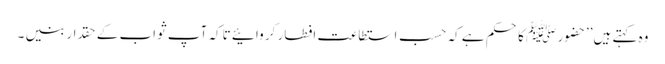
وہ کہتے ہیں’’حضور ﷺ کا حکم ہے کہ حسب استطاعت افطار کر وائیے تاکہ آپ ثواب کے حقدار بنیں ۔